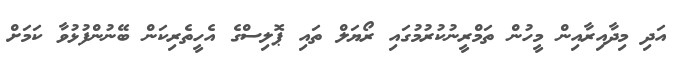
އަދި މިދާއިރާއިން މީހުން ތަމްރީނުކުރުމުގައި ރޯޔަލް ތައި ޕޮލިސްގެ އެހީތެރިކަން ބޭނުންފުޅުވާ ކަމަށް